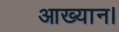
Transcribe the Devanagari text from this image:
आख्यान।